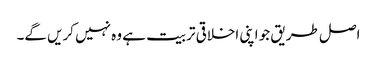
اصل طریق جو اپنی اخلاقی تربیت ہے وہ نہیں کریں گے۔